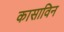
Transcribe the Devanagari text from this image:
कासाविन